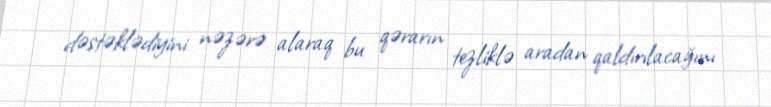
dəstəklədiyini nəzərə alaraq bu qərarın tezliklə aradan qaldırılacağını